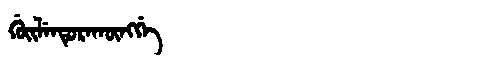
Manchu: ᡤᡠᡳᠯᡝᠨᡩᡠᡵᠠᡴᡡᠩᡤᡝ
Romanization: GUILENDURAKŪNGGE